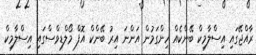
ރާއްޖޭގައި އިސްލާމިކް ބޭންކެއް ހިންގަމުން އަންނަ އިރު ބޭންކް އޮފް މޯލްޑިވްސްގައި އިސްލާމިކް